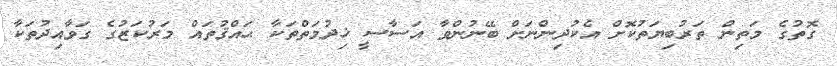
ގޮތުގެ މަތިން ތަރުބިޔަތުކޮށް އެކުދިންނަށް ބޭނުންވާ އަސާސީ ޚިދުމަތްތަކާ ޙައްޤުތައް މަރުކަޒުގެ ގަވާއިދުތަކާ